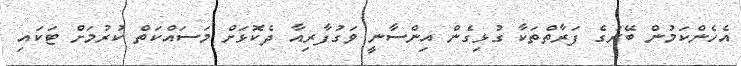
އެހެންކަމުން ބޭރުގެ ފަރާތްތަކާ ގުޅިގެން އިންސާނީ ވަގުފާރިއާ ދެކޮޅަށް މަސައްކަތް ކުރުމަށް ޓަކައި